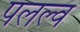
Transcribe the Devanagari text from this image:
पलल्व